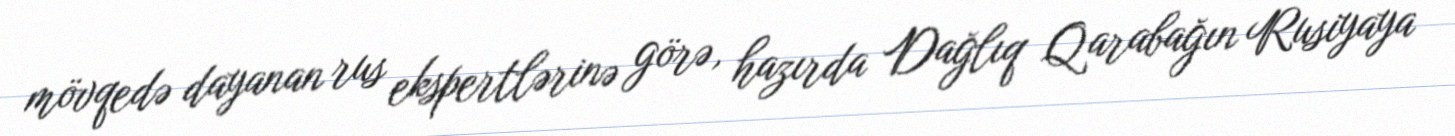
mövqedə dayanan rus ekspertlərinə görə, hazırda Dağlıq Qarabağın Rusiyaya